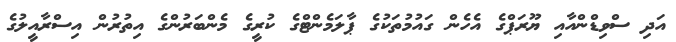
އަދި ސްވިޑްންއާއި ޔޫރަޕްގެ އެހެން ގައުމުތަކުގެ ޕާލަމެންޓްގެ ކުރީގެ މެންބަރުންގެ އިތުރުން އިސްރާއީލުގެ